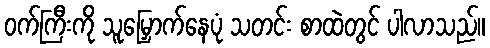
ဝက်ကြီးကို သူမြှောက်နေပုံ သတင်း စာထဲတွင် ပါလာသည်။